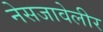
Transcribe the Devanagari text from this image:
नेसजावेलीर